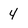
Character: 4